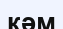
кәм